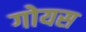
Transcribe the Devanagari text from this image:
गोयस